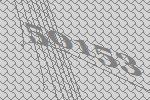
50153